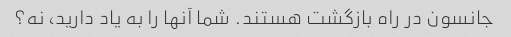
جانسون در راه بازگشت هستند. شما آنها را به یاد دارید، نه؟